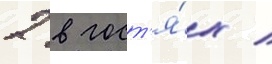
2 в гост'я́х /